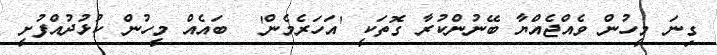
ގިނަ މީހުން ވެއްޖެއްޔާ ބޭނުންކުރާ ގޮތަކީ 'އަހަރެމެން'  ބައެއް މީހުން ކުޅުދުއްފުށީ